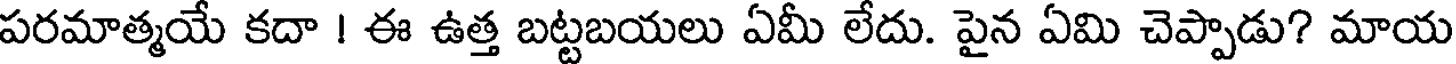
పరమాత్మయే కదా ! ఈ ఉత్త బట్టబయలు ఏమీ లేదు. పైన ఏమి చెప్పాడు? మాయ